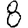
Digit: 8